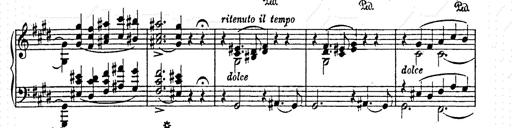
Title: AnnÃ©es de pÃ¨lerinage II
Composer: Franz Liszt